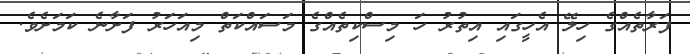
ފަރާތެއްގެ ހިލޭ އެހީގައި އިތުރު ހަ މިސްކިތެއްގެ މަސައްކަތް މިއަހަރު ފަށާނެ ކަމަށެވެ.